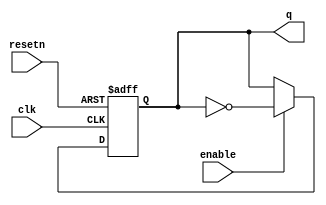
/*
	Anthony De Caria - November 04, 2014

	This is a T Flip Flop that has an enable and an asynchronous reset.
	
	March 4, 2017 Edit - Removed reference to an input d
*/

module T_FF_Enable_Async(clk, resetn, enable, q);
	
	input clk;
	input resetn;
	input enable;
	output reg q;
	
	always @(posedge clk or negedge resetn)
	begin
		if (!resetn)
		begin
			q <= 1'b0;
		end
		else
		begin
			if (enable)
			begin
				q <= !q;
			end
		end
	end
	
endmodule